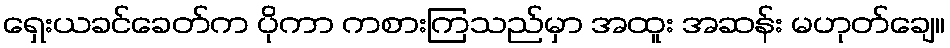
ရှေးယခင်ခေတ်က ပိုကာ ကစားကြသည်မှာ အထူး အဆန်း မဟုတ်ချေ။